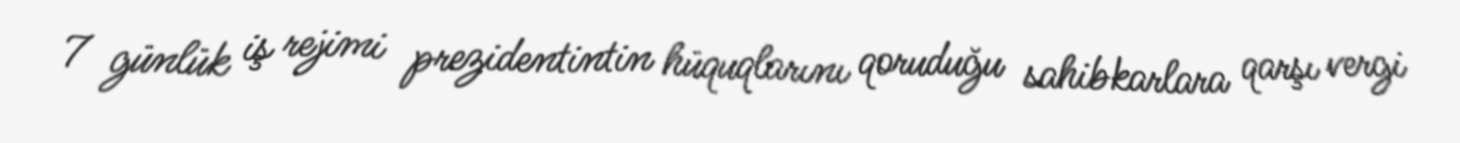
7 günlük iş rejimi prezidentintin hüquqlarını qoruduğu sahibkarlara qarşı vergi